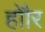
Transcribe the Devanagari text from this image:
होौर